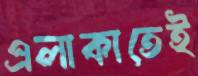
এলাকাতেই